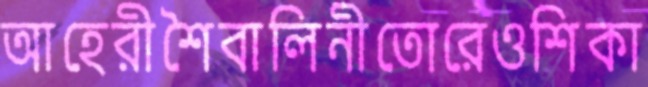
আহেরীশৈবালিনীতোরেওশিকা